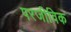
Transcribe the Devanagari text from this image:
परजीविक